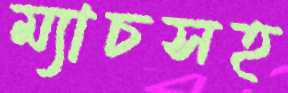
ম্যাচসহ